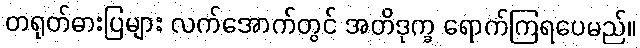
တရုတ်ဓားပြများ လက်အောက်တွင် အတိဒုက္ခ ရောက်ကြရပေမည်။